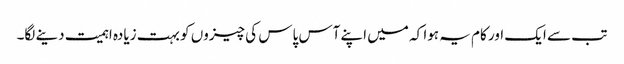
تب سے ایک اور کام یہ ہوا کہ میں اپنے آس پاس کی چیزوں کو بہت زیادہ اہمیت دینے لگا۔